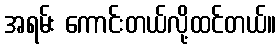
အရမ်း ကောင်းတယ်လို့ထင်တယ်။